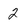
Character: 2